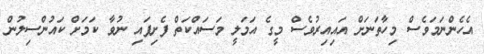
އެހެންނަމަވެސް މިހާތަނަށް އައިއިރުވެސް މީގެ އަމަލީ މަސައްކަތް ފެށިފައި ނުވާ ކަމަށް ކައުންސިލުން